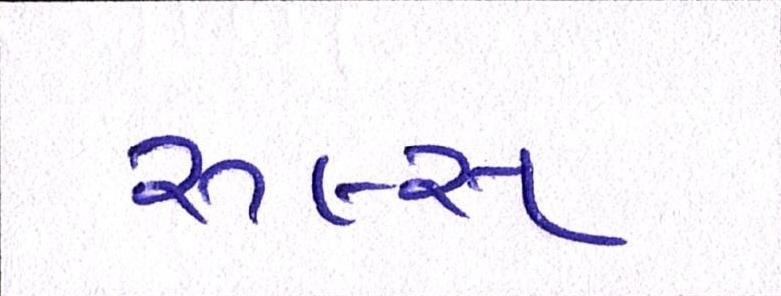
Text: રૂલ્સ